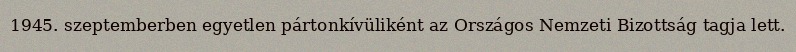
1945. szeptemberben egyetlen pártonkívüliként az Országos Nemzeti Bizottság tagja lett.